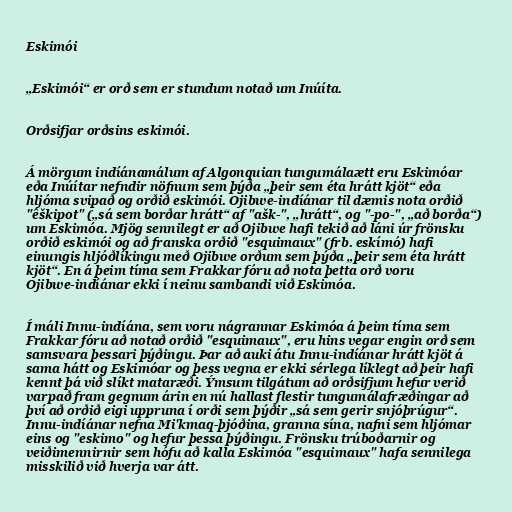
Eskimói

„Eskimói“ er orð sem er stundum notað um Inúíta.

Orðsifjar orðsins eskimói.

Á mörgum indíánamálum af Algonquian tungumálaætt eru Eskimóar
eða Inúítar nefndir nöfnum sem þýða „þeir sem éta hrátt kjöt“ eða
hljóma svipað og orðið eskimói. Ojibwe-indíánar til dæmis nota orðið
"êškipot" („sá sem borðar hrátt“ af "ašk-", „hrátt“, og "-po-", „að borða“)
um Eskimóa. Mjög sennilegt er að Ojibwe hafi tekið að láni úr frönsku
orðið eskimói og að franska orðið "esquimaux" (frb. eskímó) hafi
einungis hljóðlíkingu með Ojibwe orðum sem þýða „þeir sem éta hrátt
kjöt“. En á þeim tíma sem Frakkar fóru að nota þetta orð voru
Ojibwe-indíánar ekki í neinu sambandi við Eskimóa.

Í máli Innu-indíána, sem voru nágrannar Eskimóa á þeim tíma sem
Frakkar fóru að notað orðið "esquimaux", eru hins vegar engin orð sem
samsvara þessari þýðingu. Þar að auki átu Innu-indíánar hrátt kjöt á
sama hátt og Eskimóar og þess vegna er ekki sérlega líklegt að þeir hafi
kennt þá við slíkt mataræði. Ýmsum tilgátum að orðsifjum hefur verið
varpað fram gegnum árin en nú hallast flestir tungumálafræðingar að
því að orðið eigi uppruna í orði sem þýðir „sá sem gerir snjóþrúgur“.
Innu-indíánar nefna Mi'kmaq-þjóðina, granna sína, nafni sem hljómar
eins og "eskimo" og hefur þessa þýðingu. Frönsku trúboðarnir og
veiðimennirnir sem hófu að kalla Eskimóa "esquimaux" hafa sennilega
misskilið við hverja var átt.